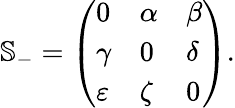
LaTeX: \mathbb{S}_{-}=\left(\begin{array}{lll}{0}&{\alpha}&{\beta}\\ {\gamma}&{0}&{\delta}\\ {\varepsilon}&{\zeta}&{0}\end{array}\right).